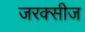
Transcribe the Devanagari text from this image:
जरक्सीज